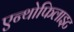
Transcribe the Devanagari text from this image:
एन्थोफिलाइट